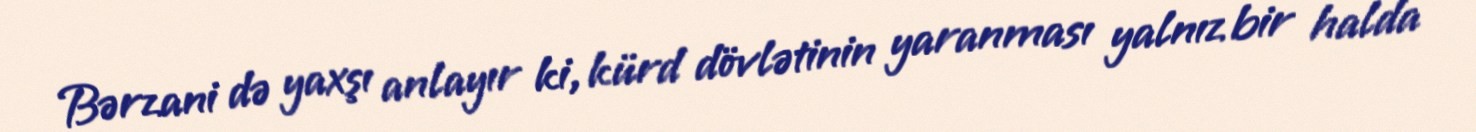
Bərzani də yaxşı anlayır ki, kürd dövlətinin yaranması yalnız bir halda